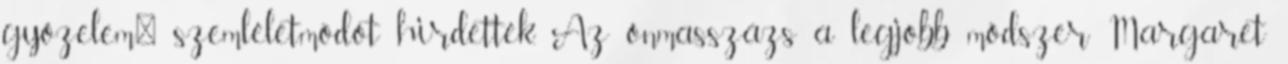
győzelem" szemléletmódot hirdették. Az önmasszázs a legjobb módszer Margaret